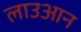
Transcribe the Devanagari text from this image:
लाउआन